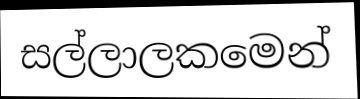
සල්ලාලකමෙන්